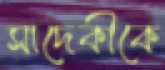
সাদেকীকে